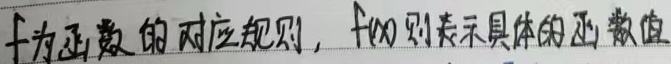
\(f\) 为函数的对应规则，\(f(x)\) 则表示具体的函数值